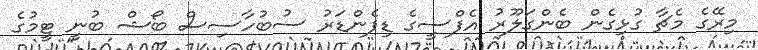
މިރޭގެ މެޗާ ގުޅިގެން ބެންގަލޫރު އެފްސީގެ ޑިފެންޑަރު ސުބުހާސިސް ބޯޝް ބުނީ ޓީމުގެ